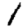
Digit: 1